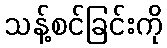
သန့်စင်ခြင်းကို